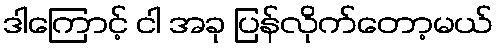
ဒါကြောင့် ငါ အခု ပြန်လိုက်တော့မယ်